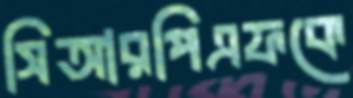
সিআরপিএফকে